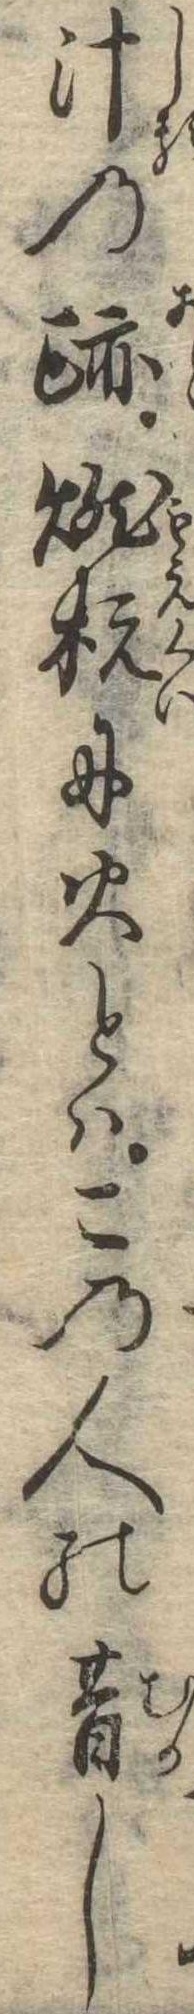
汁の跡燃杭に火とはこの人の昔し